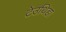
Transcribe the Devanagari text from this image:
टेउथिडा